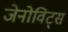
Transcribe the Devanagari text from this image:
जेनोविट्स